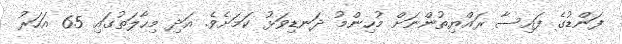
ފަންޑުގެ ފައިސާ ރައްޔިތުންނަށް މުހިންމު ދަނޑިވަޅު ކަމަށެވެ. އަދި މިހާލަތުގައި 65 އަހަރު